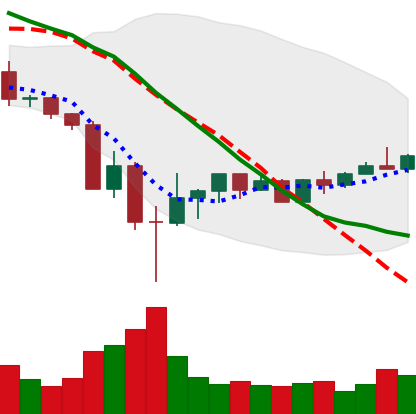
Ticker: BNB-USD
Chart end date: 2022-05-24
Forward return: -6.769%
Label: down_5_7